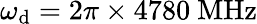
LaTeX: \omega_{\mathrm{d}}=2\pi\times4780~\mathrm{{MHz}}